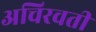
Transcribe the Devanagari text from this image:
अचिरवती